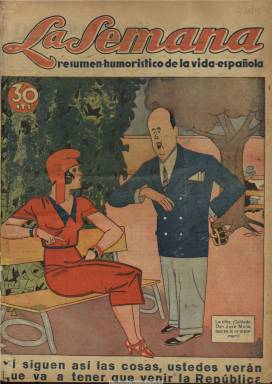
Título: La Semana (Madrid. 1934)
Colección: Revistas satíricas y humorísticas
Ámbito geográfico: Madrid
Lugar de publicación: Madrid
Fechas: 22/06/1934-14/09/1934

Con el subtítulo “resumen humorístico de la vida española”, apareció cada viernes desde el 22 de junio al 14 de septiembre de 1934, coincidiendo con la breve presidencia del Gobierno de Ricardo Samper (1881-1938) durante el denominado “bienio negro” o mandato de las derechas durante la II República Española, cuando el Partido Republicano Radical de Alejandro Lerroux (1864-1949) estuvo gobernando con el apoyo de la CEDA, de José María Gil Robles (1898-1980). El semanario estuvo dirigido por el periodista asturiano Santiago Suárez Longoria y como administrador aparece José Sobrino González. El hecho de que el nombre del director aparezca indicado en la mancheta de la publicación es “poco corriente” en la prensa humorística, tal como señala José María López Ruiz, quien califica el periódico de incisivo, pero agradable, al utilizar un humor “correcto, gracioso y, dentro de la inevitable lucha política, respetuoso con el adversario”, no siendo hiriente como la derechista Gracia y justicia (1931-1936).

En entregas de dieciséis páginas, utiliza la cuatricomía en su portada y en las páginas centrales, siendo un periódico de humor preferentemente de carácter político, aunque también dedica atención al mundo del teatro y a otros espectáculos, como los toros. Sus principales dibujantes son Vergara y Otho, autores de sus numerosos gráficos humorísticos, tiras cómicas, chistes y caricaturas. El semanario utiliza también las fotografías de actualidad para comentarlas desde la óptica del humor. Sus principales secciones son “Lo que dice la prensa”, “Cartas de amor”, “Cómicos y cínicos” y “Enciclopedia Espesa” (con definiciones). Sus textos suelen ser breves, a modo de apostillas, pero también publica textos más largos, como algunos de creación teatral, lo más probable escritos por su director, que en 1929 había participado en la fundación de la Alianza Republicana España de Cuba, y que quizá sea el “Chamaco” con el que se le conoce en la prensa hispanoamericana.

Desde una ideología netamente defensora del régimen republicano (en su primer número inserta una parodia a la Marcha Real, de Rubén Darío), y como opositor a los “exhabruptos de una derecha, ejerce una crítica ácida, pero contenida, contra esa misma derecha” prefascista, tal como señala López Ruiz, a la vez que, a diferencia de otras publicaciones de su mismo carácter, comenta también con ironía noticias internacionales, como las referentes al canciller alemán Adolfo Hitler y el fascismo.